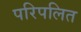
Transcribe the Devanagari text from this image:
परिपलित